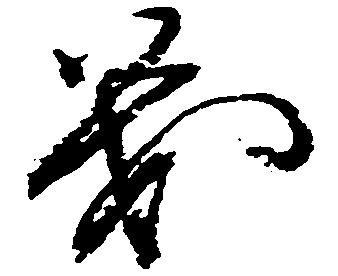
義